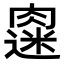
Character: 𫆭